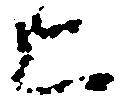
上